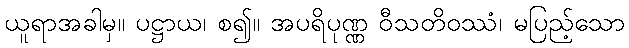
ယူရာအခါမှ။ ပဋ္ဌာယ၊ စ၍။ အပရိပုဏ္ဏ ဝီသတိဝဿံ၊ မပြည့်သော